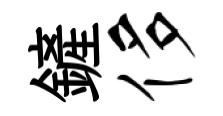
鏟侈